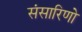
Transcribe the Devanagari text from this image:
संसारिणो